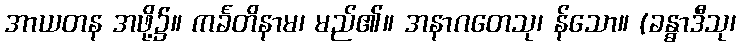
အာယတန အဖို့၌။ ကင်္ခတိနာမ၊ မည်၏။ အနာဂတေသု၊ န်သော။ (ခန္ဓာဒီသု၊